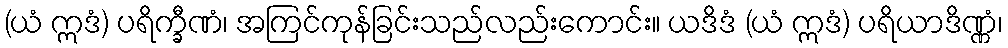
(ယံ ဣဒံ) ပရိက္ခီဏံ၊ အကြင်ကုန်ခြင်းသည်လည်းကောင်း။ ယဒိဒံ (ယံ ဣဒံ) ပရိယာဒိဏ္ဏံ၊